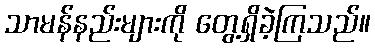
သာမန်နည်းများကို တွေ့ရှိခဲ့ကြသည်။